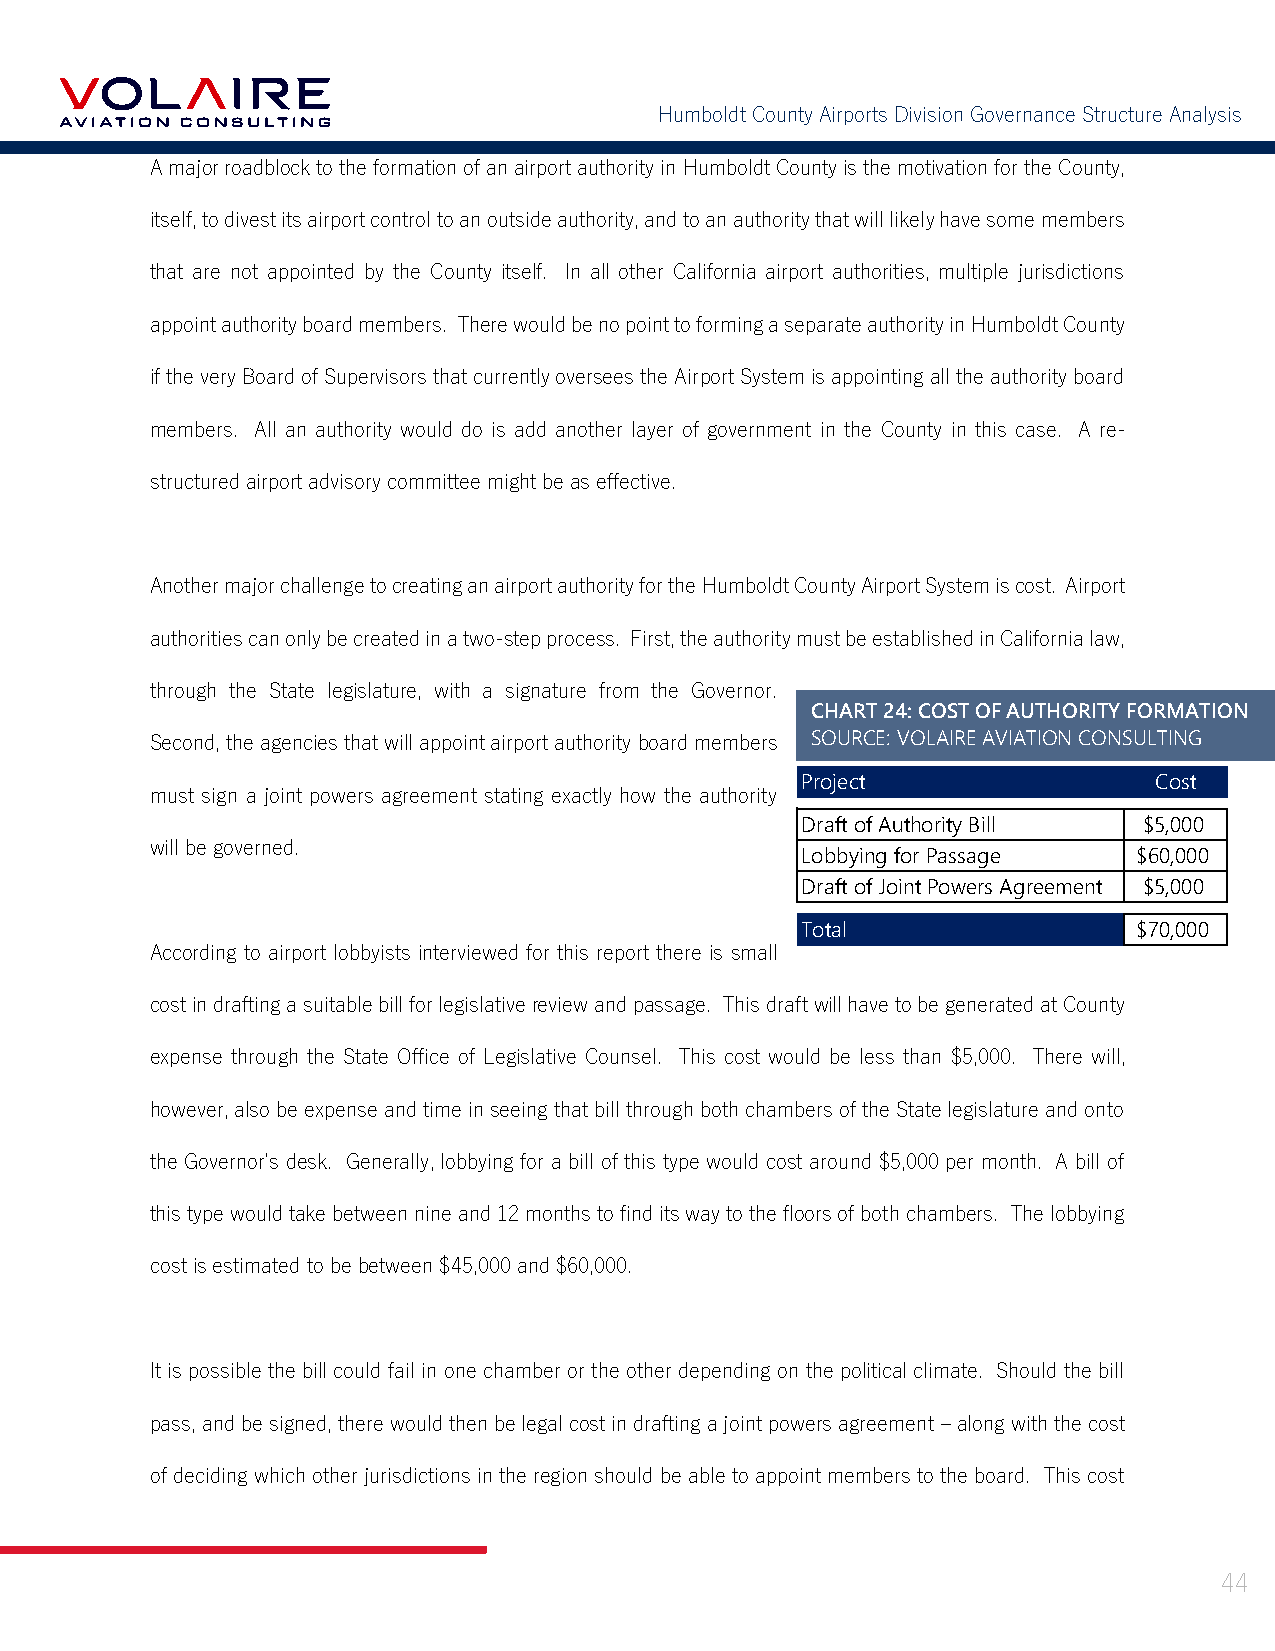
Humboldt County Airports Division Governance Structure Analysis
 A major roadblock to the formation of an airport authority in Humboldt County is the motivation for the County,
 itself, to divest its airport control to an outside authority, and to an authority that will likely have some members
 that are not appointed by the County itself. In all other California airport authorities, multiple jurisdictions
 appoint authority board members. There would be no point to forming a separate authority in Humboldt County
 if the very Board of Supervisors that currently oversees the Airport System is appointing all the authority board
 members. All an authority would do is add another layer of government in the County in this case. A re-
 structured airport advisory committee might be as effective.
 Another major challenge to creating an airport authority for the Humboldt County Airport System is cost. Airport
 authorities can only be created in a two-step process. First, the authority must be established in California law,
 through the State legislature, with a signature from the Governor.
 CHART 24: COST OF AUTHORITY FORMATION
 Second, the agencies that will appoint airport authority board members SOURCE: VOLAIRE AVIATION CONSULTING
 Project                Cost
 must sign a joint powers agreement stating exactly how the authority
 Draft of Authority Bill $5,000
 will be governed.
 Lobbying for Passage  $60,000
 Draft of Joint Powers Agreement $5,000
 Total                 $70,000
 According to airport lobbyists interviewed for this report there is small
 cost in drafting a suitable bill for legislative review and passage. This draft will have to be generated at County
 expense through the State Office of Legislative Counsel. This cost would be less than $5,000. There will,
 however, also be expense and time in seeing that bill through both chambers of the State legislature and onto
 the Governor’s desk. Generally, lobbying for a bill of this type would cost around $5,000 per month. A bill of
 this type would take between nine and 12 months to find its way to the floors of both chambers. The lobbying
 cost is estimated to be between $45,000 and $60,000.
 It is possible the bill could fail in one chamber or the other depending on the political climate. Should the bill
 pass, and be signed, there would then be legal cost in drafting a joint powers agreement – along with the cost
 of deciding which other jurisdictions in the region should be able to appoint members to the board. This cost
 44